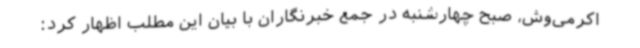
اکرمی‌وش، صبح چهارشنبه در جمع خبرنگاران با بیان این مطلب اظهار کرد: